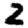
Digit: 2